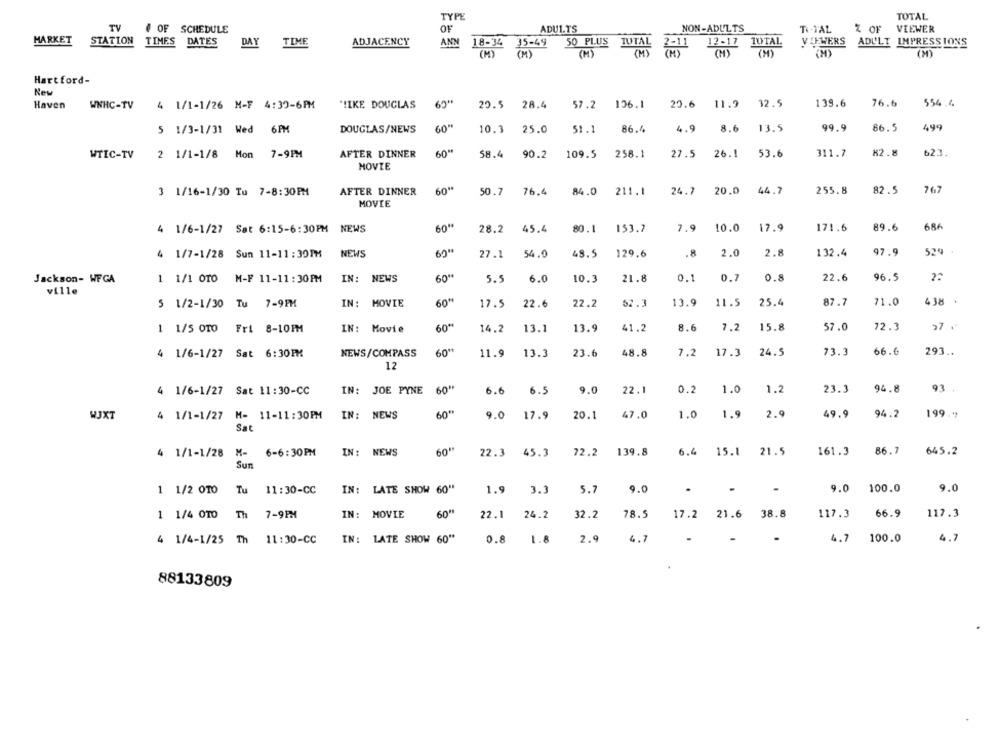
TYPE
TOTAL
TV
OF SCHEDULE
OF
ADULTS
NON-ADULTS
TI-TAL
Z OF
VIEWER
MARKET
STATION
TIMES DATES
DAY
TIME
ADJACENCY
ANN
35-49
50 PLUS
JUTAL
12-17 TOTAL
VIEWERS
ADULT IMPRESSIONS
18-34
(M)
(M)
2-11
(M)
(M)
Hartford-
New
Haven
WNHC-TV
4 1/1-1/26 M-F 4:39-6PM
"!IKE DOUGLAS
20.5 28.4
57.2 136.1
20.6 11.9
32.5
139.6
76.6
554.4
DOUGLAS/NEWS
60"
10.3
25.0
86.4
4.9
8.6
13.5
99.9
86.5
499
5 1/3-1/31 Wed 6PM
51.1
82.8
623.
WTIC-TV
2 1/1-1/8 Mon 7-9PM
AFTER DINNER
58.4
90.2
109.5
258.1
27.5
26.1
53.6
311.7
MOVIE
767
3 1/16-1/30 Tu 7-8:30PM
AFTER DINNER
50.7
76.4
84.0
211.1
24.7
20.0
44.7
255.8
82.5
MOVIE
60"
153.2
171.6
89.6
4 1/6-1/27 Sat 6:15-6:30PM NEWS
28.2 45.4
80.1
7.9 10.0
17.9
4 1/7-1/28 Sun 11-11:30PM
NEWS
27.1
54.0
48.5
129.6
.8
2.0
2.8
132.4
47.9
524
Jackson- WFGA
1 1/1 0TO M-F 11-11: 30PM
IN: NEWS
60 **
5.5
6.0
10.3
21.8
0.1
0.7
0.8
22.6
96.5
2.
ville
IN: MOVIE
60"
22.6
22.2
13.9
11.5
25.4
87.7
71.0
438
5 1/2-1/30 Tu 7-9PM
17.5
52.3
60"
1 1/5 0TO Fri 8-10FM
IN: Movie
14.2
13.1
13.9
41.2
8.6
7.2
15.8
57.0
72.3
57 .
4 1/6-1/27 Sat 6:30PM
NEWS/COMPASS
11.9
13.3
23.6
48.8
7.2
17.3
24.5
73.3
66.6
293 ..
12
4 1/6-1/27 Sat 11:30-CC
IN: JOE PYNE
60"
6.6
6.5
9.0
22.1
0.2
1.0
1.2
23.3
94.8
93 .
WJXT
4 1/1-1/27 M- 11-11:30PM
IN: NEWS
60"
9.0
17.9
20.1
47.0
1.0
1.9
2.9
49.9
94.2
199."
Sat
4 1/1-1/28 M-
6-6:30PM
IN: NEWS
60"
22.3
45.3
72.2
139.8
6.4
15.1
21.5
161.3
86.7
645.2
Sun
IN: LATE SHOW 60"
1.9
3.1
5.7
9.0
.
9.0
100.0
9.0
1 1/2 0TO Tu 11:30-CC
7-9PM
IN: MOVIE
60"
22.1
24.2
78.5
21.6
38.8
117.3
66.9
117.3
1 1/4 0TO
Th
32.2
17.2
4 1/4-1/25 Th
11:30-CC
IN :
LATE SHOW 60"
0.8
1.8
2.9
4.7
4.7
100.0
4.7
88133809